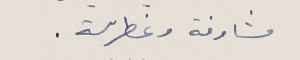
مشاوفة وغطرسة.